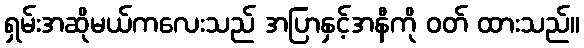
ရှမ်းအဆိုမယ်ကလေးသည် အပြာနှင့်အနီကို ဝတ် ထားသည်။